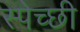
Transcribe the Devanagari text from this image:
स्पेच्छी